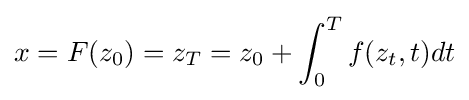
x=F(z_{0})=z_{T}=z_{0}+\int _{0}^{T}f(z_{t},t)dt